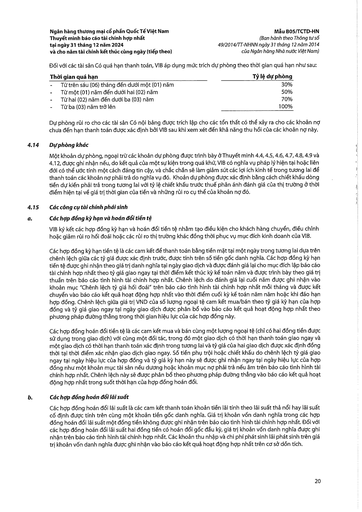
|Thời gian quá hạn|Tỷ lệ dự phòng| |---|---| |Từ trên sáu (06) tháng đến dưới một (01) năm|30%| |Từ một (01) năm đến dưới hai (02) năm|50%| |Từ hai (02) năm đến dưới ba (03) năm|70%| |Từ ba (03) năm trở lên|100%|